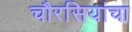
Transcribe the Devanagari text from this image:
चौरसियांचा